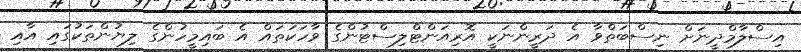
އިސްލާމްދީނަށް ނިސްބަތްވާ އެ ދަރީންނަކީ އޮރިއަންޓްލިސްޓުންގެ ވާހަކަތައް އެ ބައިމީހުންގެ ލިޔުންތަކުގައި އާއި